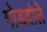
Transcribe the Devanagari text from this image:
गोडवोले